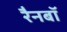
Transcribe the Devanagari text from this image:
रैनबॉ